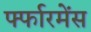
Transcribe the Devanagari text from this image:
र्फ्फारमेंस